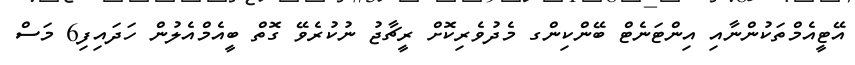
އޭޓީއެމްތަކުންނާއި އިންޓަނެޓް ބޭންކިންގ މެދުވެރިކޮށް ރީޗާޖު ނުކުރެވޭ ގޮތް ބީއެމްއެލުން ހަދައިފި6 މަސް